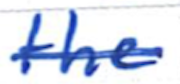
Text: the
Cross-out: single-line
Writing tool: ballpoint